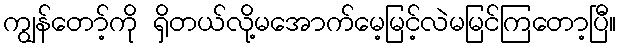
ကျွန်တော့်ကို ရှိတယ်လို့မအောက်မေ့မြင့်လဲမမြင်ကြတော့ပြီ။